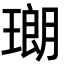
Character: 𤨡